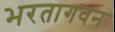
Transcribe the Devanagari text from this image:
भरतागवन